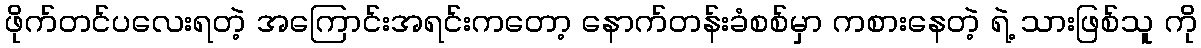
ဖိုက်တင်ပလေးရတဲ့ အကြောင်းအရင်းကတော့ နောက်တန်းခံစစ်မှာ ကစားနေတဲ့ ရဲ့ သားဖြစ်သူ ကို